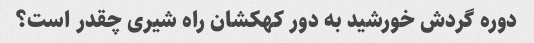
دوره گردش خورشید به دور کهکشان راه شیری چقدر است؟